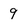
Character: 9